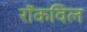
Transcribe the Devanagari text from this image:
रॉकविल